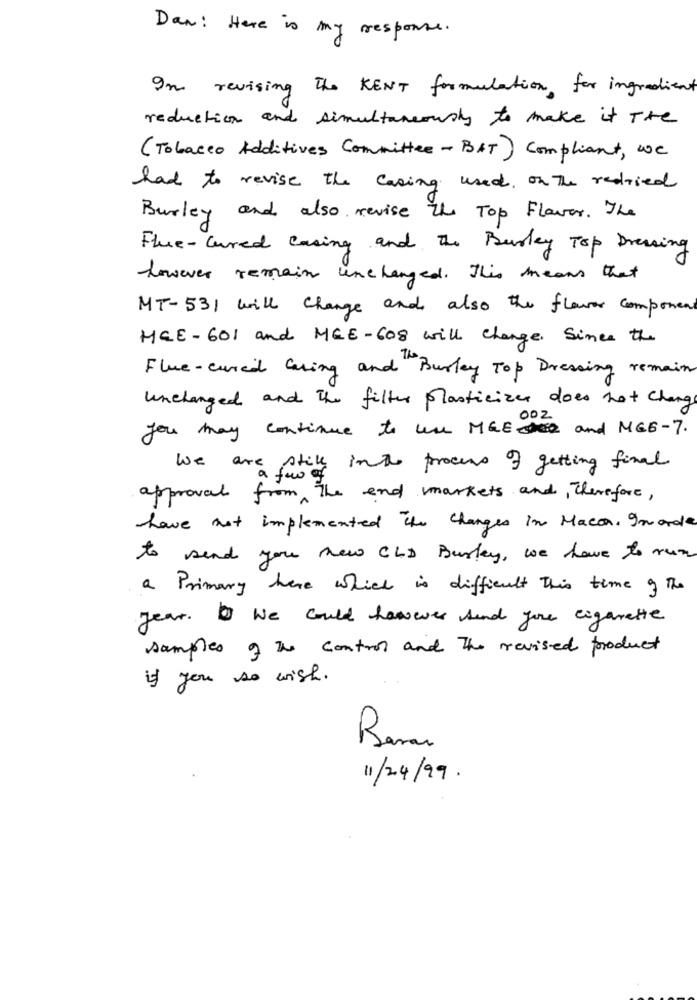
Dan: Here is my response.
In revising The KENT formulation for ingredient
reduction and simultaneously to make it The
(Tobacco Additives Committee - BAT) Compliant, we
had to revise the casing used, on The redried
Burley and also revise the Top Flavor. The
Flue-cured casing and the Burley Top Dressing
however remain unchanged. This means that
MT-531 Will Change and also the flower component
HEE-601 and MEE-608 will change. Since the
Flue-cured Caring and Burley Top Dressing remain
unchanged and The filter plasticizes does not Chang
you may continue to une MGE and MG6-7.
We are still into process of getting final
a few of
approval from The end markets and , Therefore ,
have not implemented the changes in Macca, Imarde
to send you new CLD Burley, we have to run
a Primary here which is difficult this time of the
year. 1 We could however send you cigarette
samples of the control and The revised product
if you so wish.
11/24/99.